Scientific memoirs by medical officers of the Army of India - Part VII,
Year: 1892
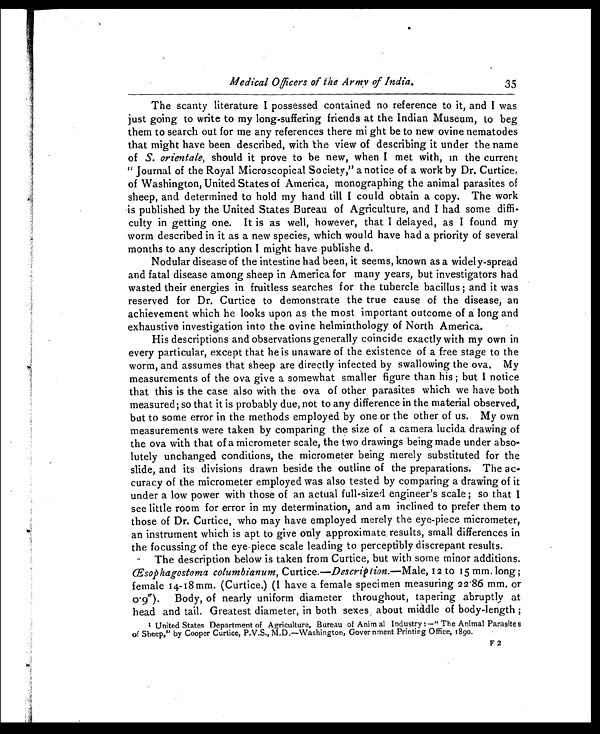
Medical Officers of the Army of India.
35
The scanty literature I possessed contained no reference to it, and I was
just going to write to my long-suffering friends at the Indian Museum, to beg
them to search out for me any references there might be to new ovine nematodes
that might have been described, with the view of describing it under the name
of S. orientate, should it prove to be new, when I met with, in the current
" Journal of the Royal Microscopical Society," a notice of a work by Dr. Curtice,
of Washington, United States of America, monographing the animal parasites of
sheep, and determined to hold my hand till I could obtain a copy. The work
is published by the United States Bureau of Agriculture, and I had some diffi-
culty in getting one. It is as well, however, that I delayed, as I found my
worm described in it as a new species, which would have had a priority of several
months to any description I might have published.
Nodular disease of the intestine had been, it seems, known as a widely-spread
and fatal disease among sheep in America for many years, but investigators had
wasted their energies in fruitless searches for the tubercle bacillus ; and it was
reserved for Dr. Curtice to demonstrate the true cause of the disease, an
achievement which he looks upon as the most important outcome of a long and
exhaustive investigation into the ovine helminthology of North America.
His descriptions and observations generally coincide exactly with my own in
every particular, except that he is unaware of the existence of a free stage to the
worm, and assumes that sheep are directly infected by swallowing the ova. My
measurements of the ova give a somewhat smaller figure than his ; but I notice
that this is the case also with the ova of other parasites which we have both
measured; so that it is probably due, not to any difference in the material observed',
but to some error in the methods employed by one or the other of us. My own
measurements were taken by comparing the size of a camera lucida drawing of
the ova with that of a micrometer scale, the two drawings being made under abso-
lutely unchanged conditions, the micrometer being merely substituted for the
slide, and its divisions drawn beside the outline of the preparations. The ac-
curacy of the micrometer employed was also tested by comparing a drawing of it
under a low power with those of an actual full-sized engineer's scale ; so that I
see little room for error in my determination, and am inclined to prefer them to
those of Dr. Curtice, who may have employed merely the eye-piece micrometer,
an instrument which is apt to give only approximate results, small differences in
the focussing of the eye-piece scale leading to perceptibly discrepant results.
The description below is taken from Curtice, but with some minor additions.
Œsophagostom columbianum, Curtice.—Description. —Male, 12 to 15 mm. long ;
female 14-18 mm. (Curtice.) (I have a female specimen measuring 22.86 mm. or
0.9 " ). Body, of nearly uniform diameter throughout, tapering abruptly at
head and tail. Greatest diameter, in both sexes, about middle of body-length ;
1 United States Department of Agriculture, Bureau of Animal Industry : —" The Animal Parasites
of Sheep," by Cooper Curtice, P.V.S., M.D.—Washington, Government Printing Office, 1890.
F2